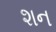
શન